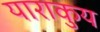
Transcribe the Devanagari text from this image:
याराकुय